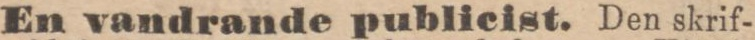
En vandrande publicist. Den skrif-